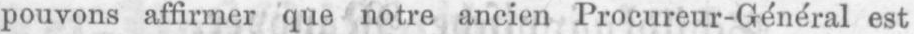
pouvons affirmer que notre ancien Procureur-Général est